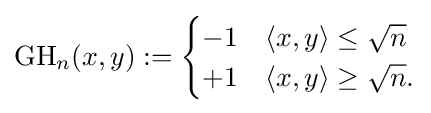
{\text{GH}}_{n}(x,y):={\begin{cases}-1&\langle x,y\rangle \leq {\sqrt {n}}\\+1&\langle x,y\rangle \geq {\sqrt {n}}.\end{cases}}